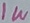
Text: 1W